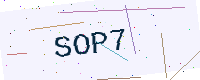
Text: SOP7